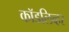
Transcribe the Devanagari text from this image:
कॉडलिव्हर